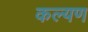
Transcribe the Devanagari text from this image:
कल्यण